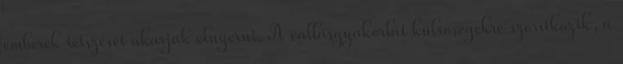
emberek tetszését akarják elnyerni. A vallásgyakorlat külsőségekre szorítkozik, a